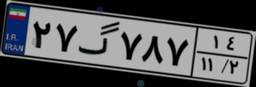
۵۹گ۳۷۰۳۳